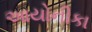
આયોનીકા